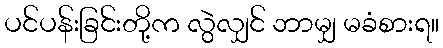
ပင်ပန်းခြင်းတို့က လွဲလျှင် ဘာမျှ မခံစားရ။